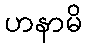
ဟနာမိ